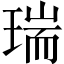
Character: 瑞